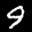
Label: 9